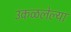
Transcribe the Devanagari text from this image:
उकळलेल्या